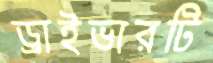
ড্রাইভারটি